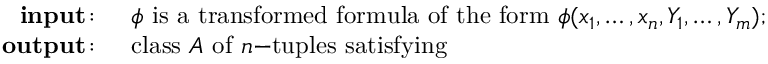
\begin{array} { r l } { \mathbf { i n p u t } \! : \; \, } & { { } \phi { \mathrm { ~ i s ~ a ~ t r a n s f o r m e d ~ f o r m u l a ~ o f ~ t h e ~ f o r m ~ } } \phi ( x _ { 1 } , \ldots , x _ { n } , Y _ { 1 } , \ldots , Y _ { m } ) ; } \\ { \; \; \; \; \mathbf { o u t p u t } \! : \; \, } & { { } { \mathrm { c l a s s ~ } } A { \mathrm { ~ o f ~ } } n { \mathrm { - t u p l e s ~ s a t i s f y i n g ~ } } } \end{array}